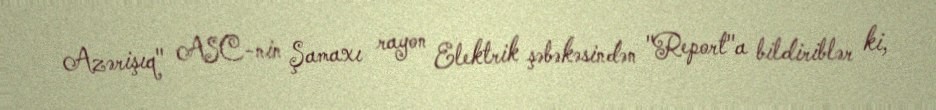
Azərişıq" ASC-nin Şamaxı rayon Elektrik şəbəkəsindən "Report"a bildiriblər ki,